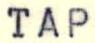
TAP